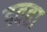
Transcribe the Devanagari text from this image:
डवहा